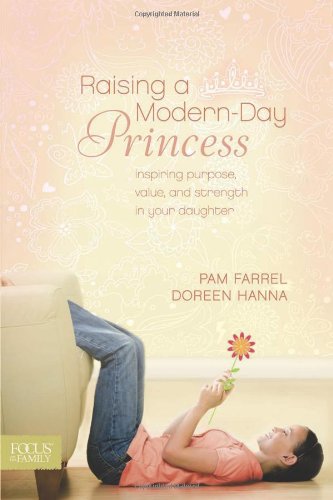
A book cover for Raising a Modern-Day Princess; Pam Farrel; Parenting & Relationships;